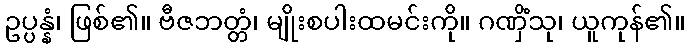
ဥပ္ပန္နံ၊ ဖြစ်၏။ ဗီဇဘတ္တံ၊ မျိုးစပါးထမင်းကို။ ဂဏှိံသု၊ ယူကုန်၏။